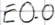
Text: E0.0